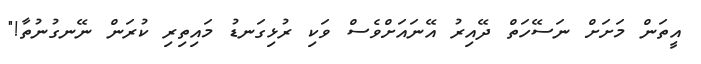
އީތަން މަށަށް ނަސޭހަތް ދޭއިރު އޭނައަށްވެސް ވަކި ރުޅިގަނޑު މައިތިރި ކުރަން ނޭނގުނުތާ!"